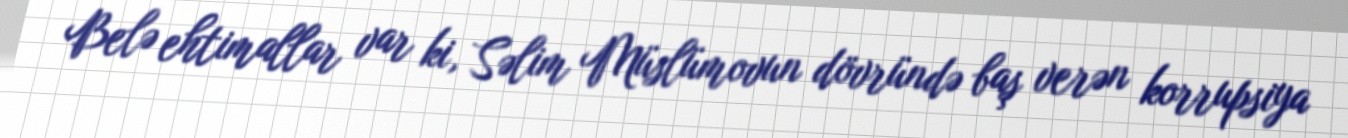
Belə ehtimallar var ki, Səlim Müslümovun dövründə baş verən korrupsiya